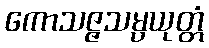
ကောသဇ္ဇသမ္ပယုတ္တံ